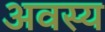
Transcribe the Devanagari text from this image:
अवस्य